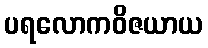
ပရလောကဝိဇယာယ